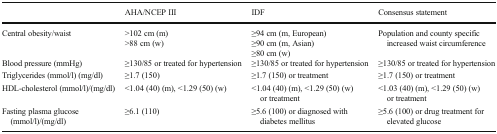
<table><thead><tr><td></td><td><b>AHA/NCEP III</b></td><td><b>IDF</b></td><td><b>Consensus statement</b></td></tr></thead><tbody><tr><td>Central obesity/waist</td><td>&gt;102 cm (m)&gt;88 cm (w)</td><td>≥94 cm (m, European)≥90 cm (m, Asian)≥80 cm (w)</td><td>Population and county specific increased waist circumference</td></tr><tr><td>Blood pressure (mmHg)</td><td>≥130/85 or treated for hypertension</td><td>≥130/85 or treated for hypertension</td><td>≥130/85 or treated for hypertension</td></tr><tr><td>Triglycerides (mmol/l) (mg/dl)</td><td>≥1.7 (150)</td><td>≥1.7 (150) or treatment</td><td>≥1.7 (150) or treatment</td></tr><tr><td>HDL-cholesterol (mmol/l)/(mg/dl)</td><td>&lt;1.04 (40) (m), &lt;1.29 (50) (w)</td><td>&lt;1.04 (40) (m), &lt;1.29 (50) (w) or treatment</td><td>&lt;1.03 (40) (m), &lt;1.29 (50) (w) or treatment</td></tr><tr><td>Fasting plasma glucose (mmol/l)/(mg/dl)</td><td>≥6.1 (110)</td><td>≥5.6 (100) or diagnosed with diabetes mellitus</td><td>≥5.6 (100) or drug treatment for elevated glucose</td></tr></tbody></table>